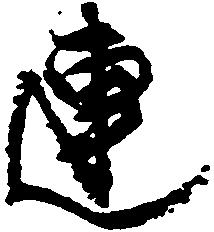
連